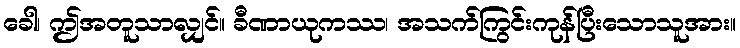
ခေါ၊ ဤအတူသာလျှင်။ ခီဏာယုကဿ၊ အသက်ကြွင်းကုန်ပြီးသောသူအား။